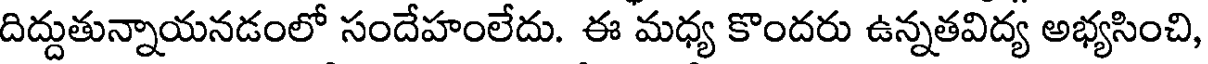
దిద్దుతున్నాయనడంలో సందేహంలేదు. ఈ మధ్య కొందరు ఉన్నతవిద్య అభ్యసించి,